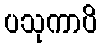
ပသုကာပိ